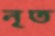
নৃত